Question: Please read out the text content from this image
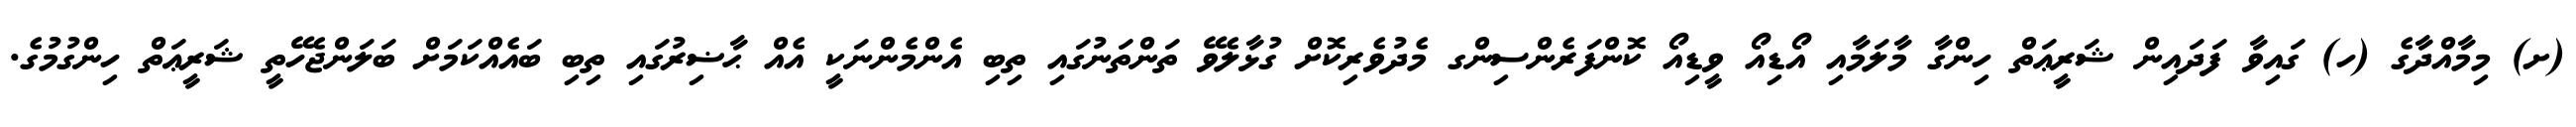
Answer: (ށ) މިމާއްދާގެ (ހ) ގައިވާ ފަދައިން ޝަރީޢަތް ހިންގާ މާލަމާއި އޯޑިއޯ ވީޑިއޯ ކޮންފަރެންސިންގ މެދުވެރިކޮށް ގުޅާލެވޭ ތަންތަނުގައި ތިބި އެންމެންނަކީ އެއް ޙާޟިރުގައި ތިބި ބައެއްކަމަށް ބަލަންޖެހޭތީ ޝަރީޢަތް ހިންގުމުގެ.